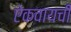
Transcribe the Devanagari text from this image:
ऐकवायची